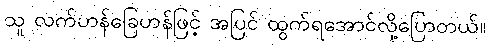
သူ လက်ဟန်ခြေဟန်ဖြင့် အပြင် ထွက်ရအောင်လို့ပြောတယ်။